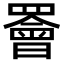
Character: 𫅋